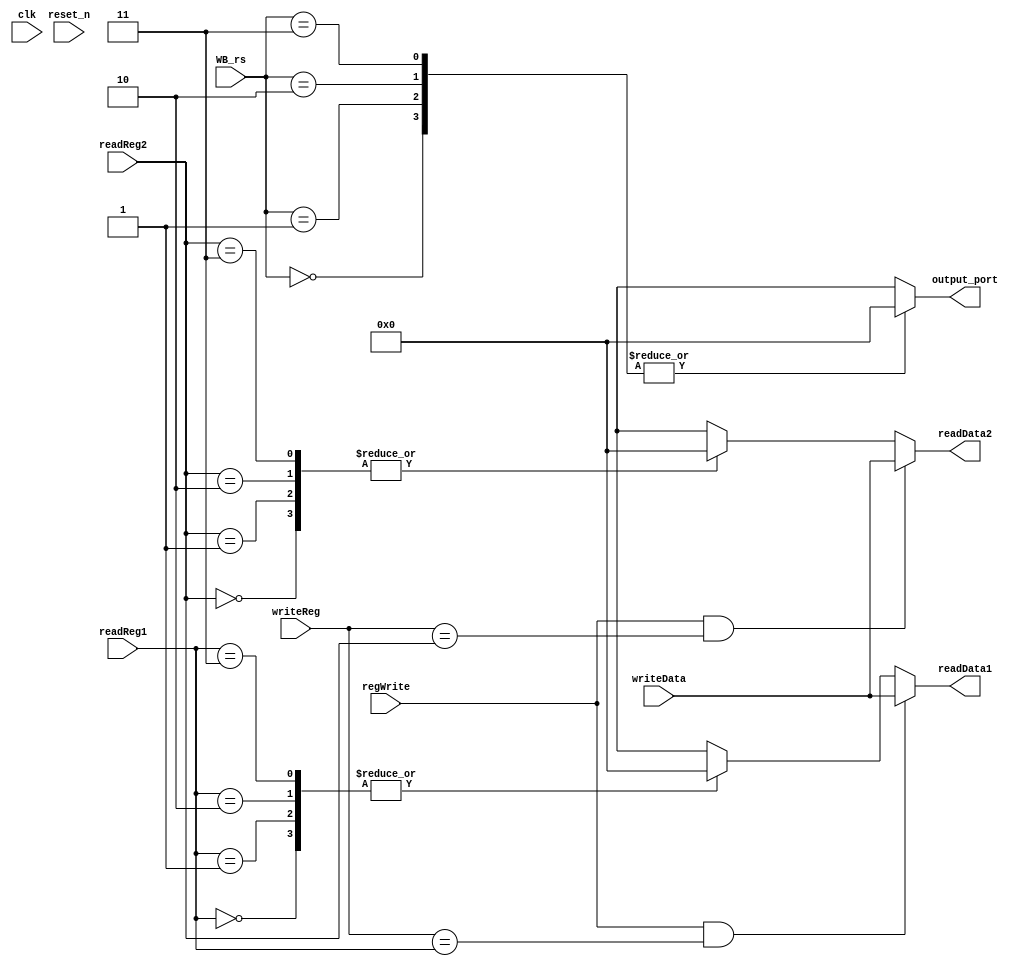
//register part
module registerHandle(regWrite, readReg1, readReg2, writeReg, writeData, WB_rs, readData1, readData2, output_port, clk, reset_n);
	input regWrite;
	input [1:0]readReg1;
	input [1:0]readReg2;
	input [1:0]writeReg;
	input [15:0]writeData;
	input [1:0]WB_rs;
	output reg [15:0]readData1;
	output reg [15:0]readData2;
	output [15:0]output_port;
	input clk;
	input reset_n;

	reg [15:0] regfile[3:0];

	always @(posedge clk) begin
		if(regWrite == 1)begin
  			regfile[writeReg] = writeData;
		end
	end
	
	always @(reset_n) begin
		regfile[0] = 0;
		regfile[1] = 0;
		regfile[2] = 0;
		regfile[3] = 0;
	end

	always @(*) begin
		if ((regWrite)&&(writeReg == readReg1)) begin
			readData1 = writeData;
		end
		else begin
			readData1 = regfile[readReg1];
		end
		if ((regWrite)&&(writeReg == readReg2)) begin
			readData2 = writeData;
		end
		else begin
			readData2 = regfile[readReg2];
		end
	end
	
	assign output_port = regfile[WB_rs];
endmodule	
// internal forwarding for WB!!